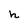
Character: h